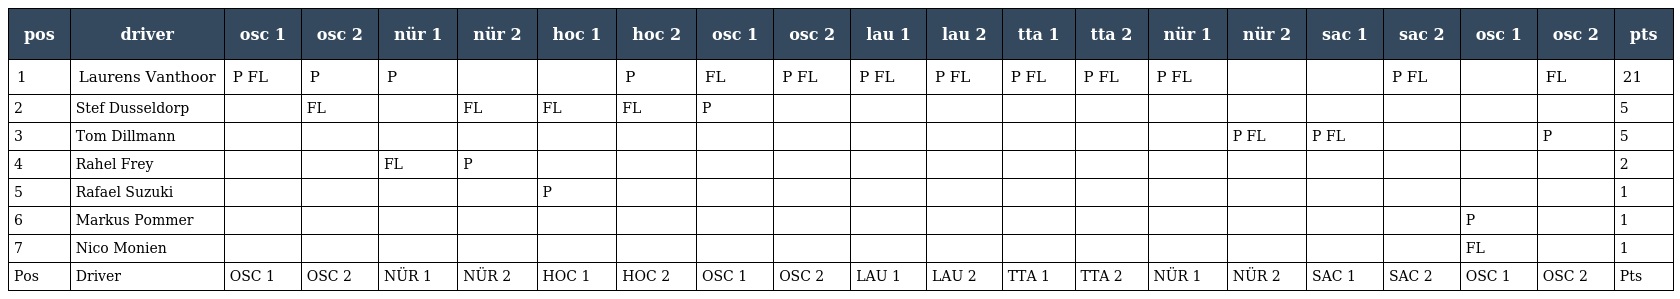
| pos | driver | osc 1 | osc 2 | nür 1 | nür 2 | hoc 1 | hoc 2 | osc 1 | osc 2 | lau 1 | lau 2 | tta 1 | tta 2 | nür 1 | nür 2 | sac 1 | sac 2 | osc 1 | osc 2 | pts |
 | --- | --- | --- | --- | --- | --- | --- | --- | --- | --- | --- | --- | --- | --- | --- | --- | --- | --- | --- | --- | --- |
 | 1 | Laurens Vanthoor | P FL | P | P |  |  | P | FL | P FL | P FL | P FL | P FL | P FL | P FL |  |  | P FL |  | FL | 21 |
 | 2 | Stef Dusseldorp |  | FL |  | FL | FL | FL | P |  |  |  |  |  |  |  |  |  |  |  | 5 |
 | 3 | Tom Dillmann |  |  |  |  |  |  |  |  |  |  |  |  |  | P FL | P FL |  |  | P | 5 |
 | 4 | Rahel Frey |  |  | FL | P |  |  |  |  |  |  |  |  |  |  |  |  |  |  | 2 |
 | 5 | Rafael Suzuki |  |  |  |  | P |  |  |  |  |  |  |  |  |  |  |  |  |  | 1 |
 | 6 | Markus Pommer |  |  |  |  |  |  |  |  |  |  |  |  |  |  |  |  | P |  | 1 |
 | 7 | Nico Monien |  |  |  |  |  |  |  |  |  |  |  |  |  |  |  |  | FL |  | 1 |
 | Pos | Driver | OSC 1 | OSC 2 | NÜR 1 | NÜR 2 | HOC 1 | HOC 2 | OSC 1 | OSC 2 | LAU 1 | LAU 2 | TTA 1 | TTA 2 | NÜR 1 | NÜR 2 | SAC 1 | SAC 2 | OSC 1 | OSC 2 | Pts |